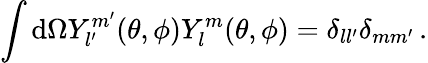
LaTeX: \int\mathrm{d}{\Omega}{Y_{l^{\prime}}^{m^{\prime}}}(\theta,\phi)Y_{l}^{m}(\theta,\phi)=\delta_{ll^{\prime}}\delta_{mm^{\prime}}\, .